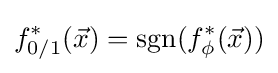
f_{0/1}^{*}({\vec {x}})=\operatorname {sgn} (f_{\phi }^{*}({\vec {x}}))